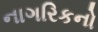
નાગરિકનો